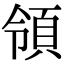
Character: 領